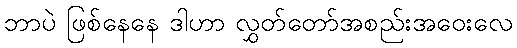
ဘာပဲ ဖြစ်နေနေ ဒါဟာ လွှတ်တော်အစည်းအဝေးလေ